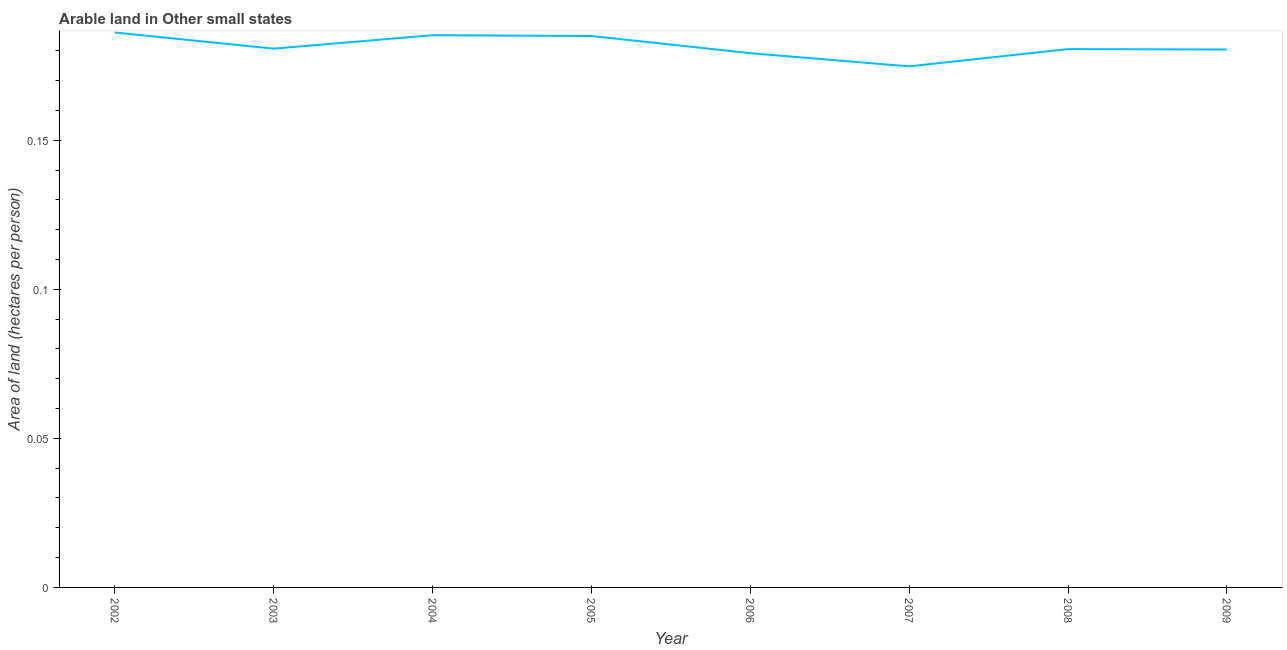
| Year | Arable land |
 | --- | --- |
 | 2002 | 0.186 |
 | 2003 | 0.181 |
 | 2004 | 0.185 |
 | 2005 | 0.185 |
 | 2006 | 0.179 |
 | 2007 | 0.175 |
 | 2008 | 0.181 |
 | 2009 | 0.18 |